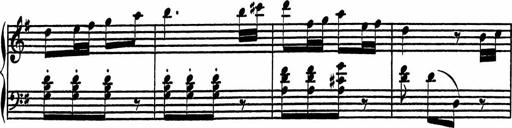
Title: 4 Piano Sonatinas
Composer: Adam Geibel